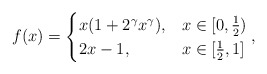
\begin{align*} f(x)=\begin{cases} x(1+2^\gamma x^\gamma), & x\in[0,\frac12) \\2x-1, & x\in[\frac12,1]\end{cases},\end{align*}